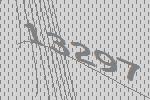
13297